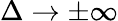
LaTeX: \Delta\to\pm\infty